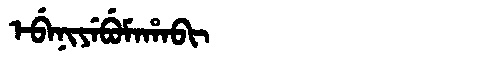
Manchu: ᡝᠪᡝᠨᡳᠶᡝᠪᡠᠮᠠᡥᠠᠪᡳ
Romanization: EBENIYEBUMAHABI